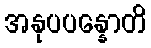
အနုပပန္နောတိ